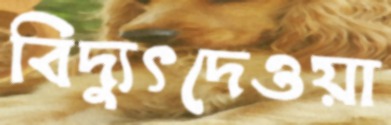
বিদ্যুৎদেওয়া